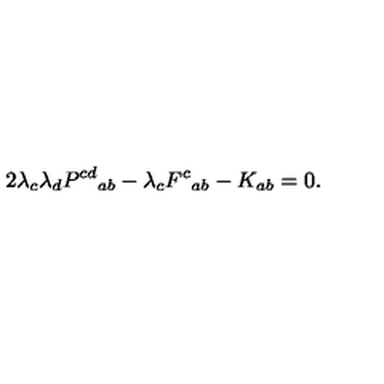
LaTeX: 2 \lambda _ { c } \lambda _ { d } P ^ { c d } { } _ { a b } - \lambda _ { c } F ^ { c } { } _ { a b } - K _ { a b } = 0 .